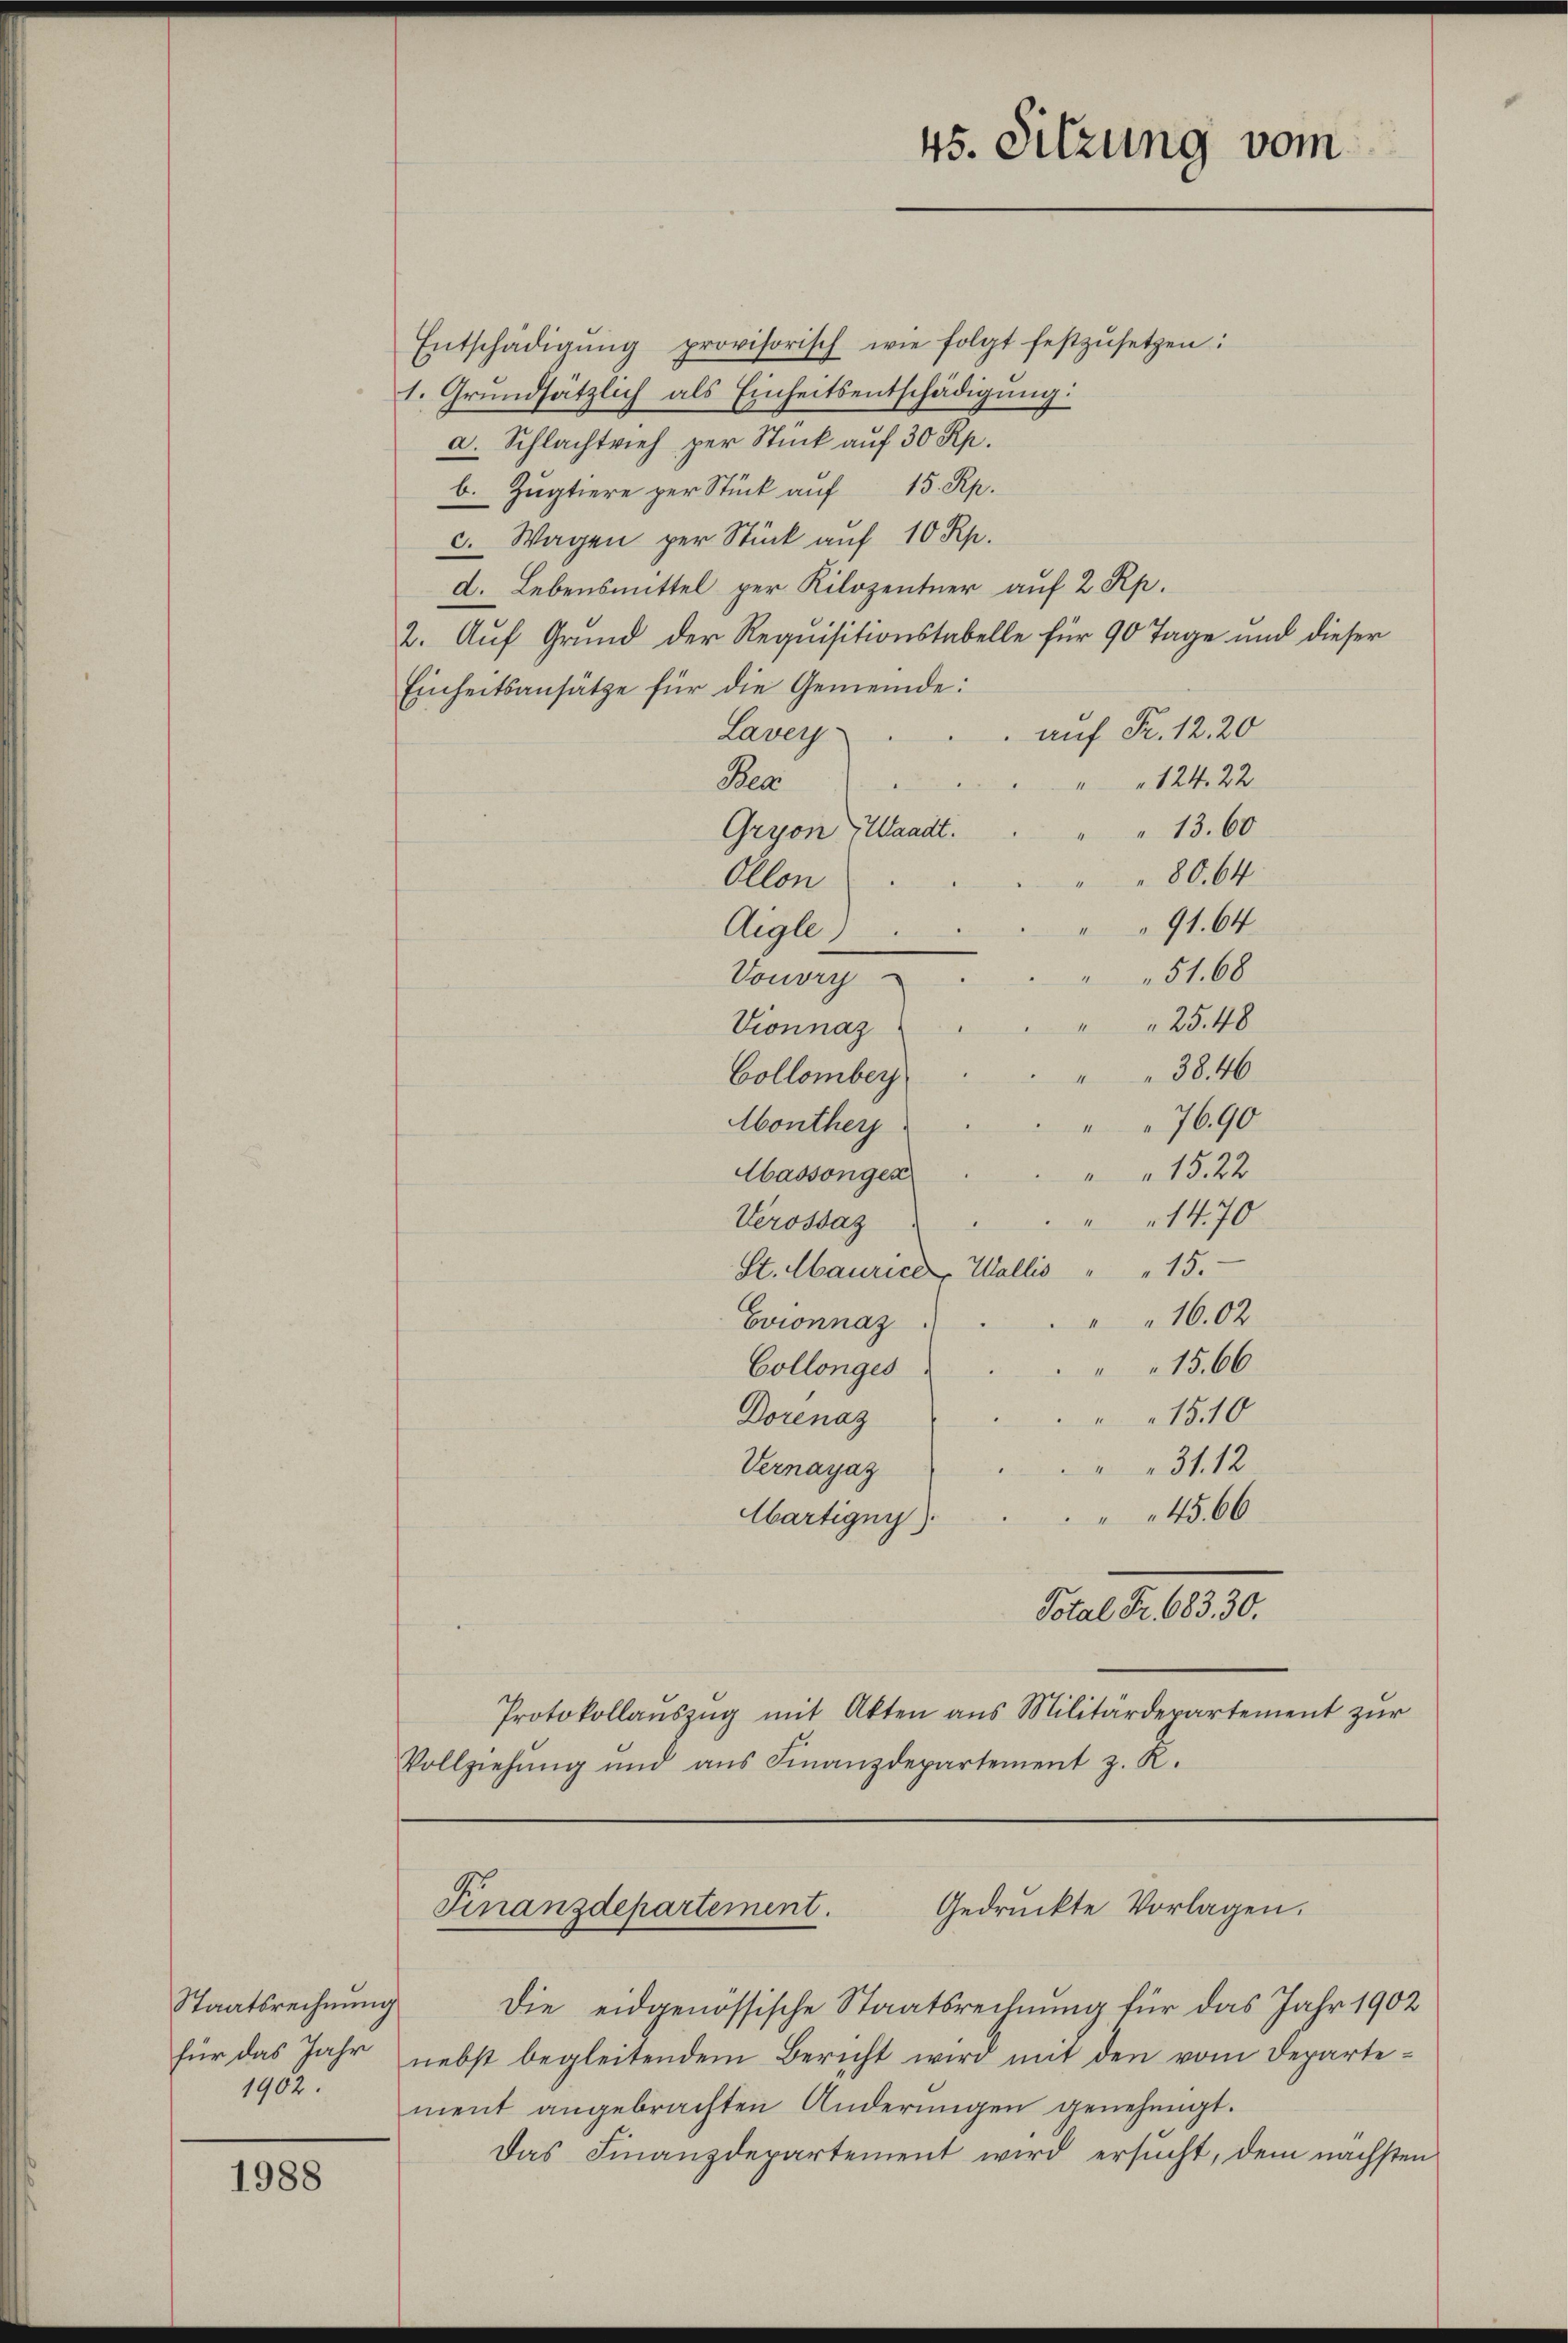
Staatsrechnung
für das Jahr
1902.

1988

45. Sitzung vom

Entschädigŭng provisorisch wie folgt festzŭsetzen:
1. Grundsätzlich als Einheitsentschädigung:
a. Schlachtvieh per Stück auf 30 Rp.
b. Zugtiere per Stück auf 15 Rp.
c. Wagen per Stück auf 10 Rp.
d. Lebensmittel per Kilozentner auf 2 Rp.
2. Auf Grund der Requisitionstabelle für 90 Tage und dieser
Einheitsansätze für die Gemeinde:
auf Fr. 12. 20
Lavers
124. 22
Be
13.60
Gryon Waadt.
80. 64
Ollon
91. 64
Aigle
51. 68
Vonung
2548
Vionnaz
38.46
Collomber
76.90
Monther
1522
Aassöngen
1470
Verossaz
St. Maurice, Wallis " " 15.
16.02
Evionnaz
1566
Collenges
.
1540
Dorenaz
Vernayaz
31.12
4566
Abartigny).
Total Fr. 683. 30.
Protokollaŭszŭg mit Akten aus Militärdepartement zŭr
Vollziehung und aŭs Finanzdepartement z. R.

Gedruckte Vorlagen.
Finanzdepartement.

Die eidgenössische Staatsrechnung für das Jahr 1902
nebst begleitendem Bericht wird mit den vom Departement angebrachten Anderungen genehmigt.
Das Finanzdepartement wird ersucht, dem nächsten